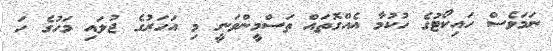
ނަމަވެސް ހައިކޯޓުގެ ހުކުމާ އެއްގޮތައް ތަސްމީންވަނީ މި އަހަރުގެ ޖުލައި މަހުގެ ހަ